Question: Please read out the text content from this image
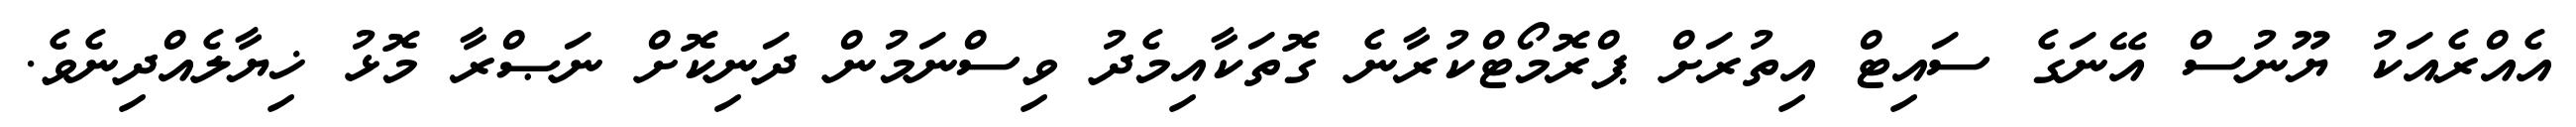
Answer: އެއްރެއަކު ޔޫނުސް އޭނަގެ ސައިޓް އިތުރަށް ޕްރޮމޯޓްކުރާނެ ގޮތަކާއިމެދު ވިސްނަމުން ދަނިކޮށް ނަޞްރާ މޮޅު ޚިޔާލެއްދިނެވެ.